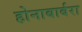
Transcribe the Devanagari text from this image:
होनाबार्बरा